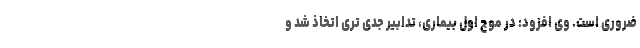
ضروری است. وی افزود: در موج اول بیماری، تدابیر جدی تری اتخاذ شد و